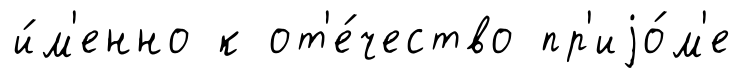
и́м'енно к от'е́чество пр'иjо́м'е